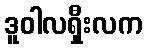
ဒူဝါလရှီးလက